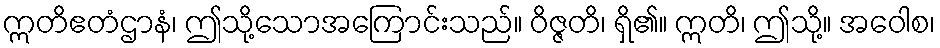
ဣတိဧတံဌာနံ၊ ဤသို့သောအကြောင်းသည်။ ဝိဇ္ဇတိ၊ ရှိ၏။ ဣတိ၊ ဤသို့။ အဝေါစ၊